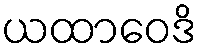
ယထာဝေဒိ